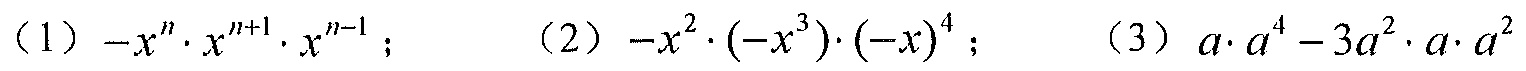
（1）\(-x^{n}\cdot x^{n + 1}\cdot x^{n - 1}\)；  （2）\(-x^{2}\cdot (-x^{3})\cdot (-x)^{4}\)；  （3）\(a\cdot a^{4}-3a^{2}\cdot a\cdot a^{2}\)